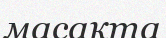
масақта